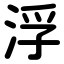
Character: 浮